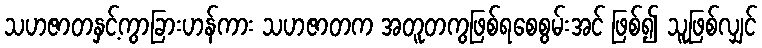
သဟဇာတနှင့်ကွာခြားဟန်ကား သဟဇာတက အတူတကွဖြစ်ရစေစွမ်းအင် ဖြစ်၍ သူဖြစ်လျှင်